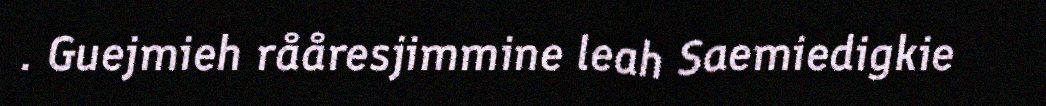
. Guejmieh rååresjimmine leah Saemiedigkie